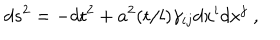
LaTeX: d s ^ { 2 } = - d { \sf t } ^ { 2 } + a ^ { 2 } ( { \sf t } / l ) \gamma _ { i j } d x ^ { i } d x ^ { j } \; ,